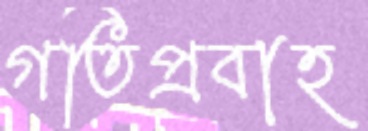
গতিপ্রবাহ